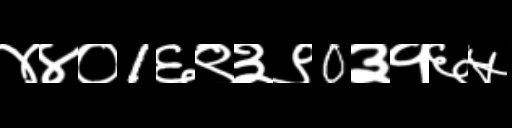
Text: ४४०1६९३९0३१६५